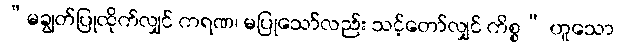
“မချွတ်ပြုထိုက်လျှင် ကရဏ၊ မပြုသော်လည်း သင့်တော်လျှင် ကိစ္စ” ဟူသော